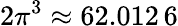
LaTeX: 2\pi^{3}\approx 62.012\, 6